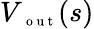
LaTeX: V_{\mathrm{~\scriptsize~o~u~t~}}(s)